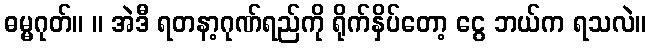
ဓမ္မဂုတ်။ ။ အဲဒီ ရတနာ့ဂုဏ်ရည်ကို ရိုက်နှိပ်တော့ ငွေ ဘယ်က ရသလဲ။